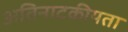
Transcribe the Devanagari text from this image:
अतिनाटकीयता